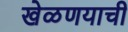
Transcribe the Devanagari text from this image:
खेळणयाची